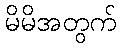
မိမိအတွက်